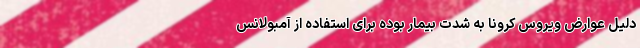
دلیل عوارض ویروس کرونا به شدت بیمار بوده برای استفاده از آمبولانس